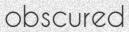
obscured